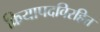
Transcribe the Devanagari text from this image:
क्रियापदविरहित